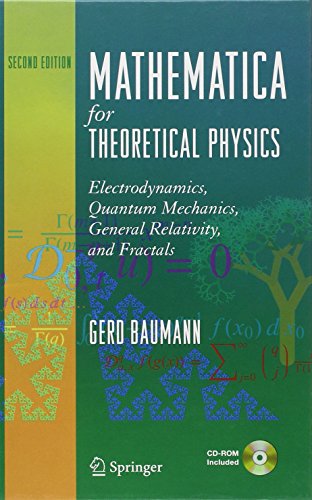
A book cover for Mathematica for Theoretical Physics: Electrodynamics, Quantum Mechanics, General Relativity, and Fractals; Gerd Baumann; Science & Math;